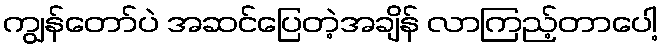
ကျွန်တော်ပဲ အဆင်ပြေတဲ့အချိန် လာကြည့်တာပေါ့